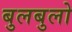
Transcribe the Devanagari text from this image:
बुलबुलो